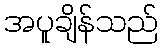
အပူချိန်သည်